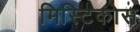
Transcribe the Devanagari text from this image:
मिस्टिकोस